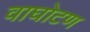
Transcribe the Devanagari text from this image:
वाघोटण